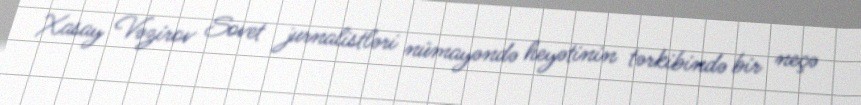
Xasay Vəzirov Sovet jurnalistləri nümayəndə heyətinin tərkibində bir neçə